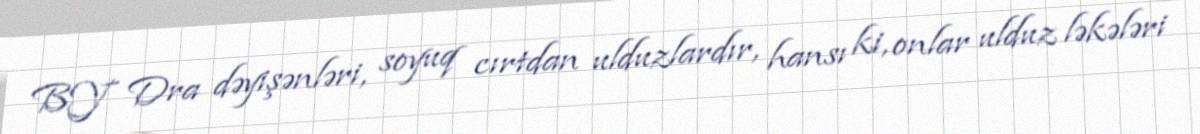
BY Dra dəyişənləri, soyuq cırtdan ulduzlardır, hansı ki, onlar ulduz ləkələri